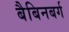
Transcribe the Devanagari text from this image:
बैबिनबर्ग